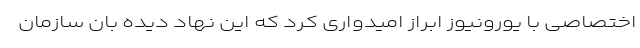
اختصاصی با یورونیوز ابراز امیدواری کرد که این نهاد دیده بان سازمان